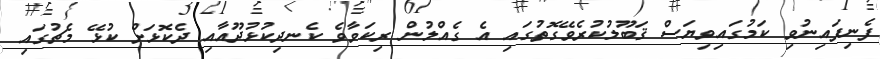
ފެނިފައިނުވި ކަމުގައިވިޔަސް ޤަބޫލުކުރެވޭގޮތުގައި އެ ގެއްލުން ރިކަވާވެެ ކެނދިކުޅުދޫއާއި ދެކޮޅަށް ކުޅޭ މެޗުގައި